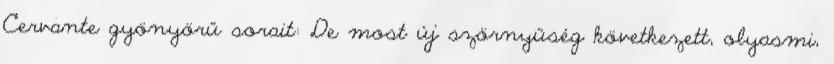
Cervante gyönyörű sorait: De most új szörnyűség következett, olyasmi,